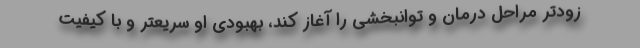
زودتر مراحل درمان و توانبخشی را آغاز کند، بهبودی او سریعتر و با کیفیت